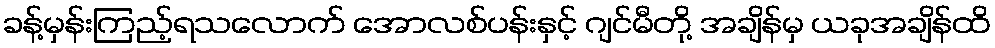
ခန့်မှန်းကြည့်ရသလောက် အောလစ်ပန်းနှင့် ဂျင်မီတို့ အချိန်မှ ယခုအချိန်ထိ